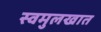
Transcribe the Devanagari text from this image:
स्वमुलखात